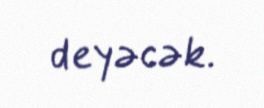
deyəcək.